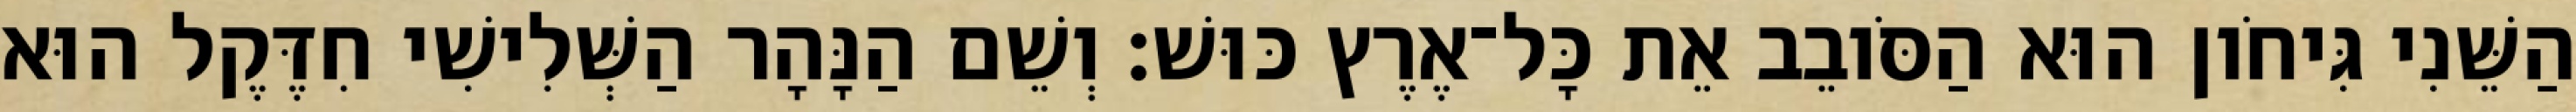
הַשֵּׁנִי גִּיחֹון הוּא הַסֹּובֵב אֵת כָּל־אֶרֶץ כּוּשׁ׃ וְשֵׁם הַנָּהָר הַשְּׁלִישִׁי חִדֶּקֶל הוּא